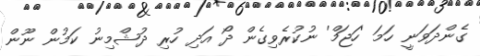
ގެންދަވަނީ ހަމަ 'ހަޖަމް' ނުކުރެވިގެން ދޯ އަދި ހުރި ދުޝްމިނު ކަމުން ނޫން